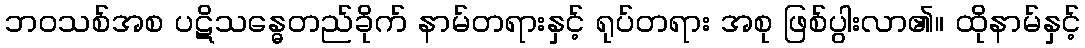
ဘဝသစ်အစ ပဋိသန္ဓေတည်ခိုက် နာမ်တရားနှင့် ရုပ်တရား အစု ဖြစ်ပွါးလာ၏။ ထိုနာမ်နှင့်